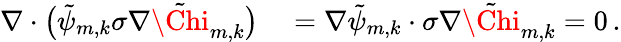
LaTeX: \begin{array}{rl}{\nabla\cdot\bigl(\tilde{\psi}_{m,k}\sigma\nabla\tilde{\Chi}_{m,k}\bigr)}&{{}=\nabla\tilde{\psi}_{m,k}\cdot\sigma\nabla\tilde{\Chi}_{m,k}=0\, .}\end{array}